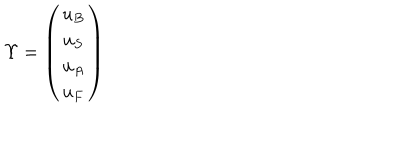
LaTeX: \Upsilon = \left( \begin{matrix} { { u _ { B } } } \\ { { u _ { S } } } \\ { { u _ { A } } } \\ { { u _ { F } } } \\ \end{matrix} \right)